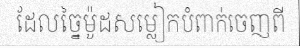
ដែលច្នៃម៉ូដសម្លៀកបំពាក់ចេញពី